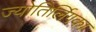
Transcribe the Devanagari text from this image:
ज्योतिर्लिगका